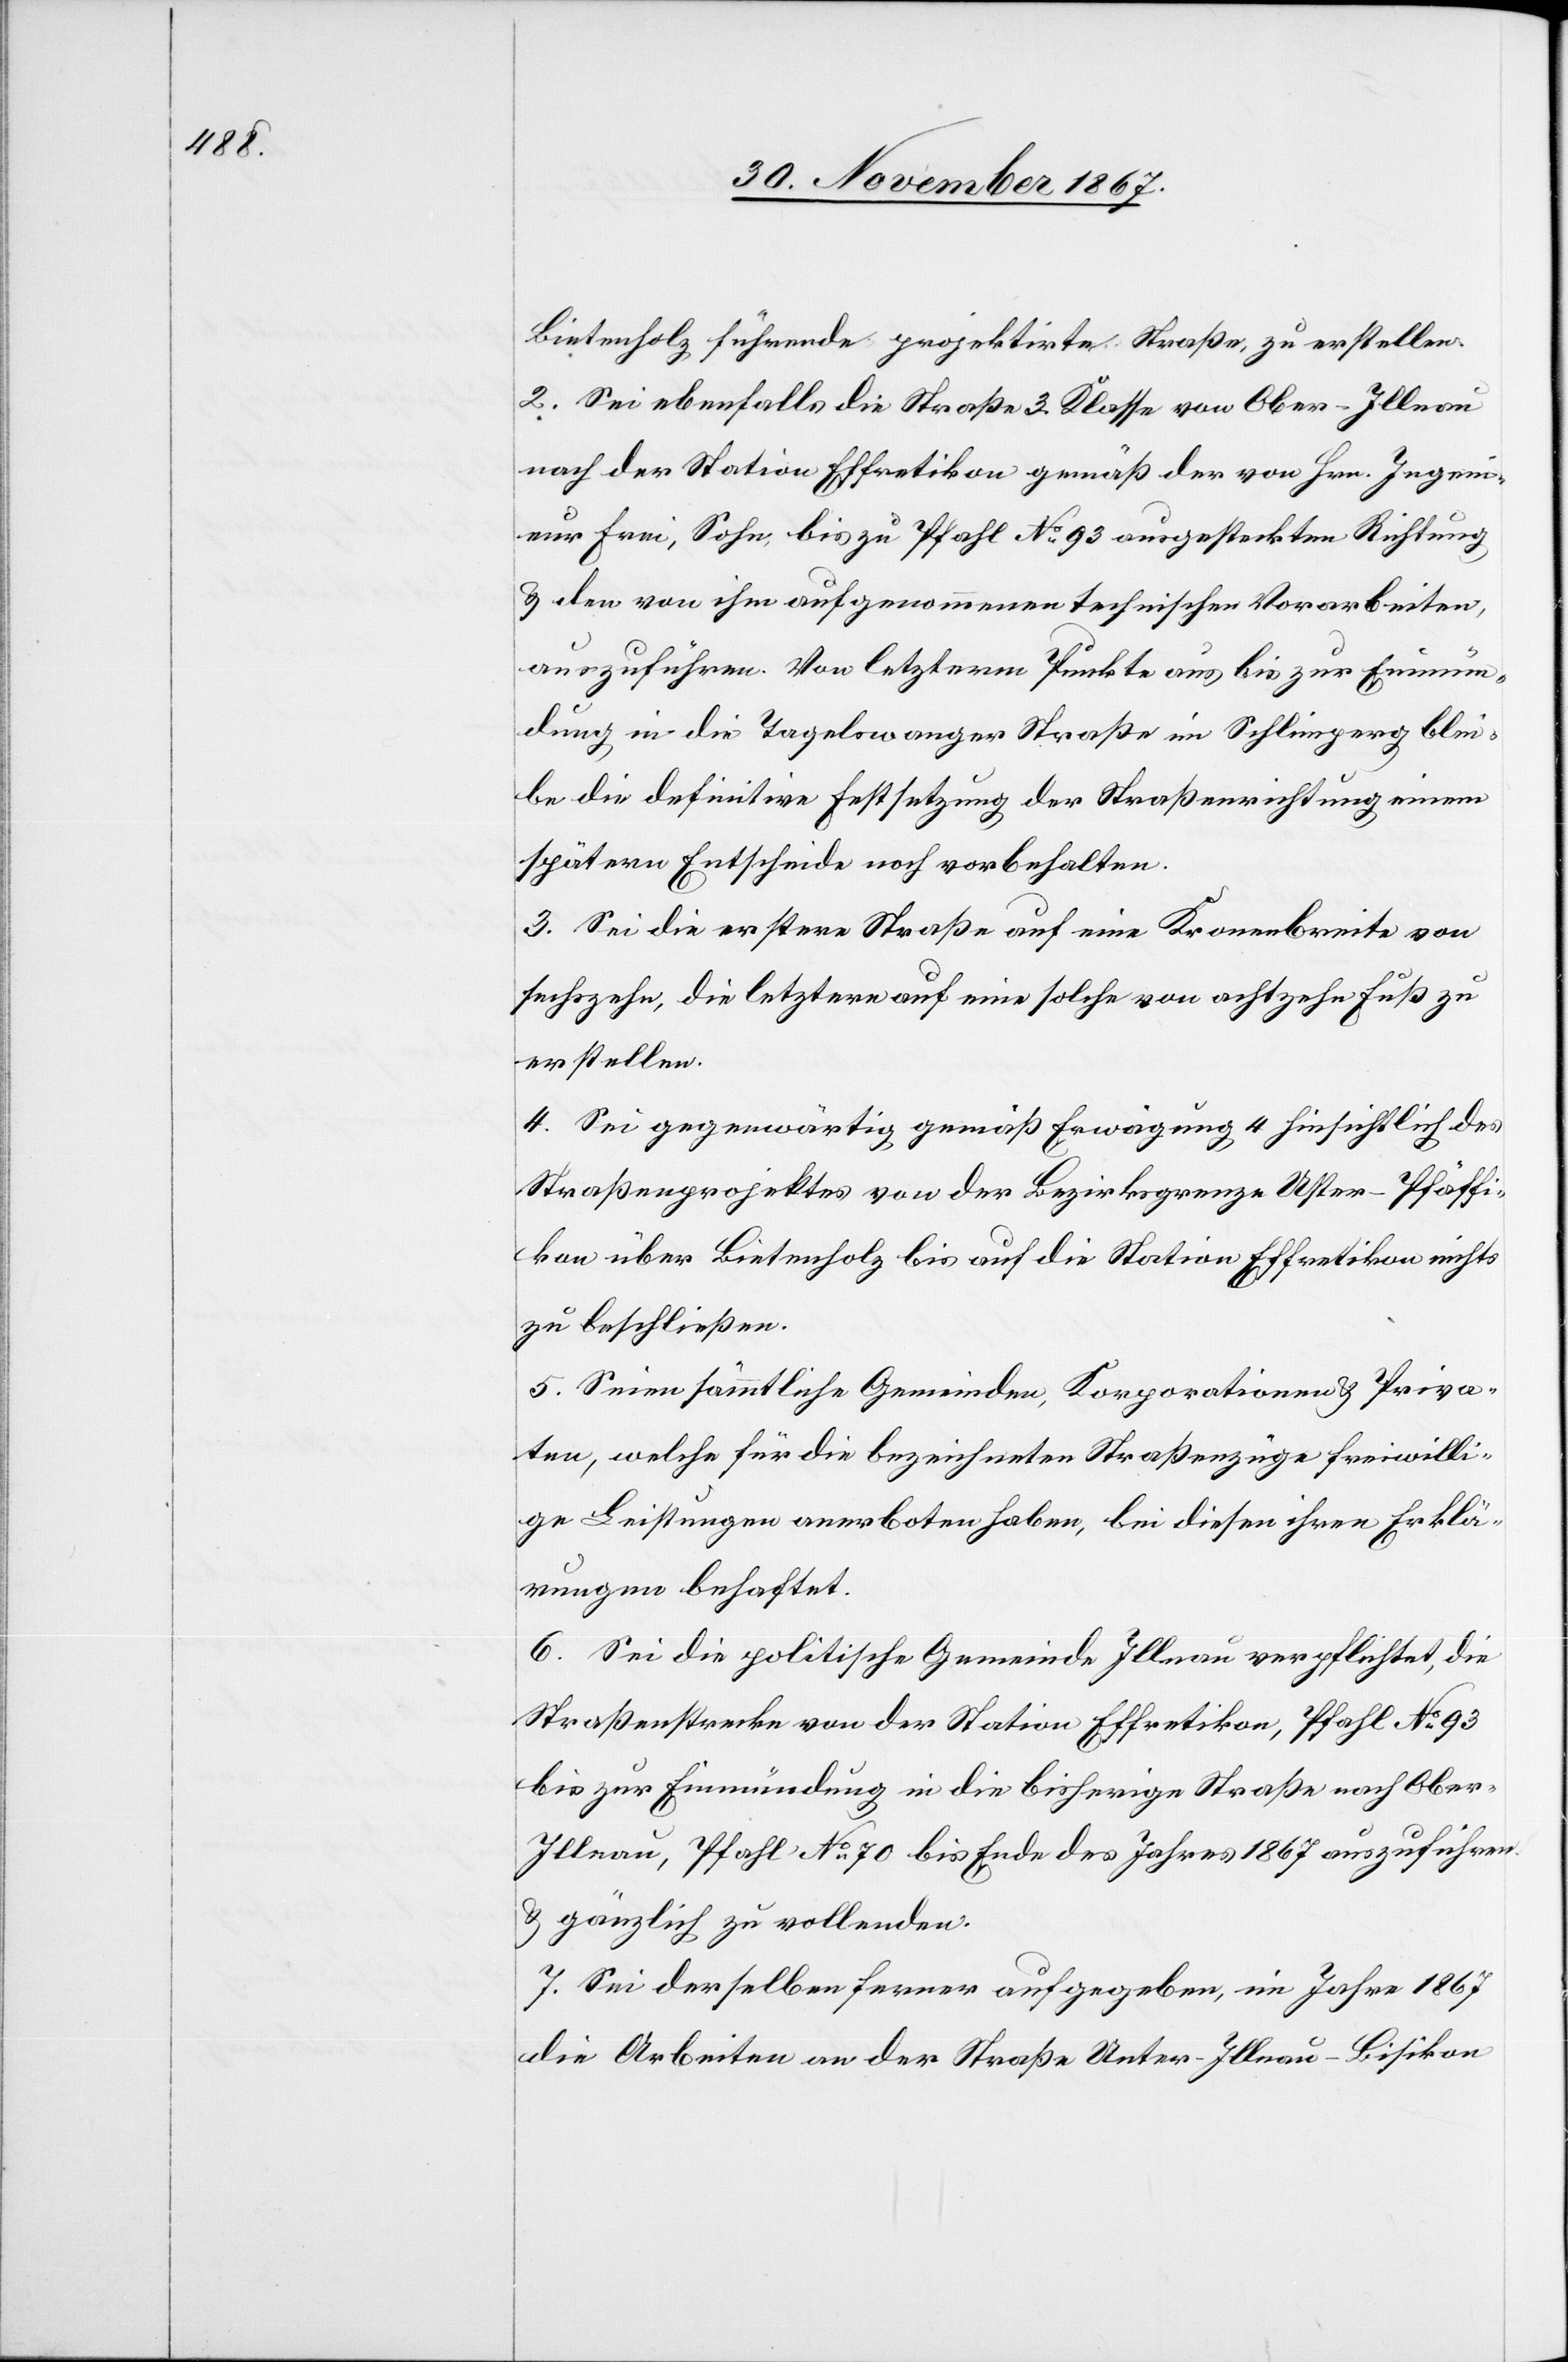
Bietenholz führende projektirte Straße, zu erstellen.
2. Sei ebenfalls die Straße 3. Klasse von Ober-Illnau
nach der Station Effretikon gemäß der von Hrn. Ingeni¬
eur Frei, Sohn, bis zu Pfahl No. 93 ausgesteckten Richtung
u. den von ihm aufgenommenen technischen Vorarbeiten,
auszuführen. Von letzterm Punkte aus bis zur Einmün¬
dung in die Tagelswanger Straße im Schimperg blei¬
be die definitive Festsetzung der Straßenrichtung einem
spätern Entscheide noch vorbehalten.
3. Sei die erstere Straße auf eine Kronenbreite von
sechszehn, die letztere auf eine solche von achtzehn Fuß zu
erstellen.
4. Sei gegenwärtig gemäß Erwägung 4 hinsichtlich des
Straßenprojektes von der Bezirksgrenze Uster–Pfäffi¬
kon über Bietenholz bis auf die Station Effretikon nichts
zu beschließen.
5. Seien sämmtliche Gemeinde, Korporationen u. Priva¬
ten, welche für die bezeichneten Straßenzüge freiwilli¬
ge Leistungen anerboten haben, bei diesen ihren Erklä¬
rungen behaftet.
6. Sei die politische Gemeinde Illnau verpflichtet, die
Straßenstrecke von der Station Effretikon, Pfahl No. 93
bis zur Einmündung in die bisherige Straße nach Obe¬
r-Illnau, Pfahl No. 70 bis Ende des Jahres 1867 auszuführen
u. gänzlich zu vollenden.
7. Sei derselben ferner aufgegeben, im Jahre 1867
die Arbeiten an der Straße Unter-Illnau–Bisikon